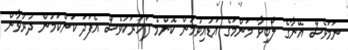
ނަމަވެސް އޭނާގެ ލޯބިވާ މަންމަގެ އަޑުއިވުމުން ކޮންމެ ފަހަރަކުވެސް އެފަދަ ކަންކަމުން ދުރުވާން